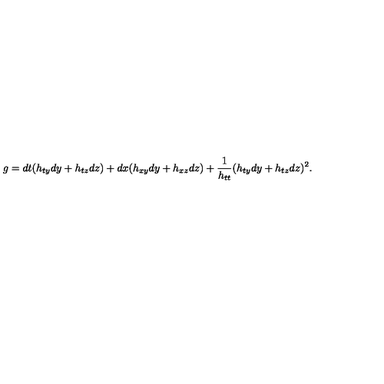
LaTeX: g = d t ( h _ { t y } d y + h _ { t z } d z ) + d x ( h _ { x y } d y + h _ { x z } d z ) + { \frac { 1 } { h _ { t t } } } ( h _ { t y } d y + h _ { t z } d z ) ^ { 2 } .